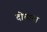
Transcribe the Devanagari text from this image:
दोघाना